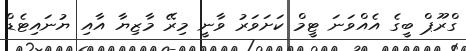
ގްރޫޕް ބީގެ އެއްވަނަ ޓީމް ކަށަވަރު ވާނީ މިރޭ މާޒިޔާ އާއި ޔުނައިޓެޑް